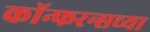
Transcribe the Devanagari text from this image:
कॉन्फरन्सच्या